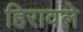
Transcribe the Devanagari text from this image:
हिरावले